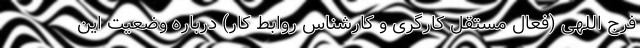
فرج اللهی (فعال مستقل کارگری و کارشناس روابط کار) درباره وضعیت این